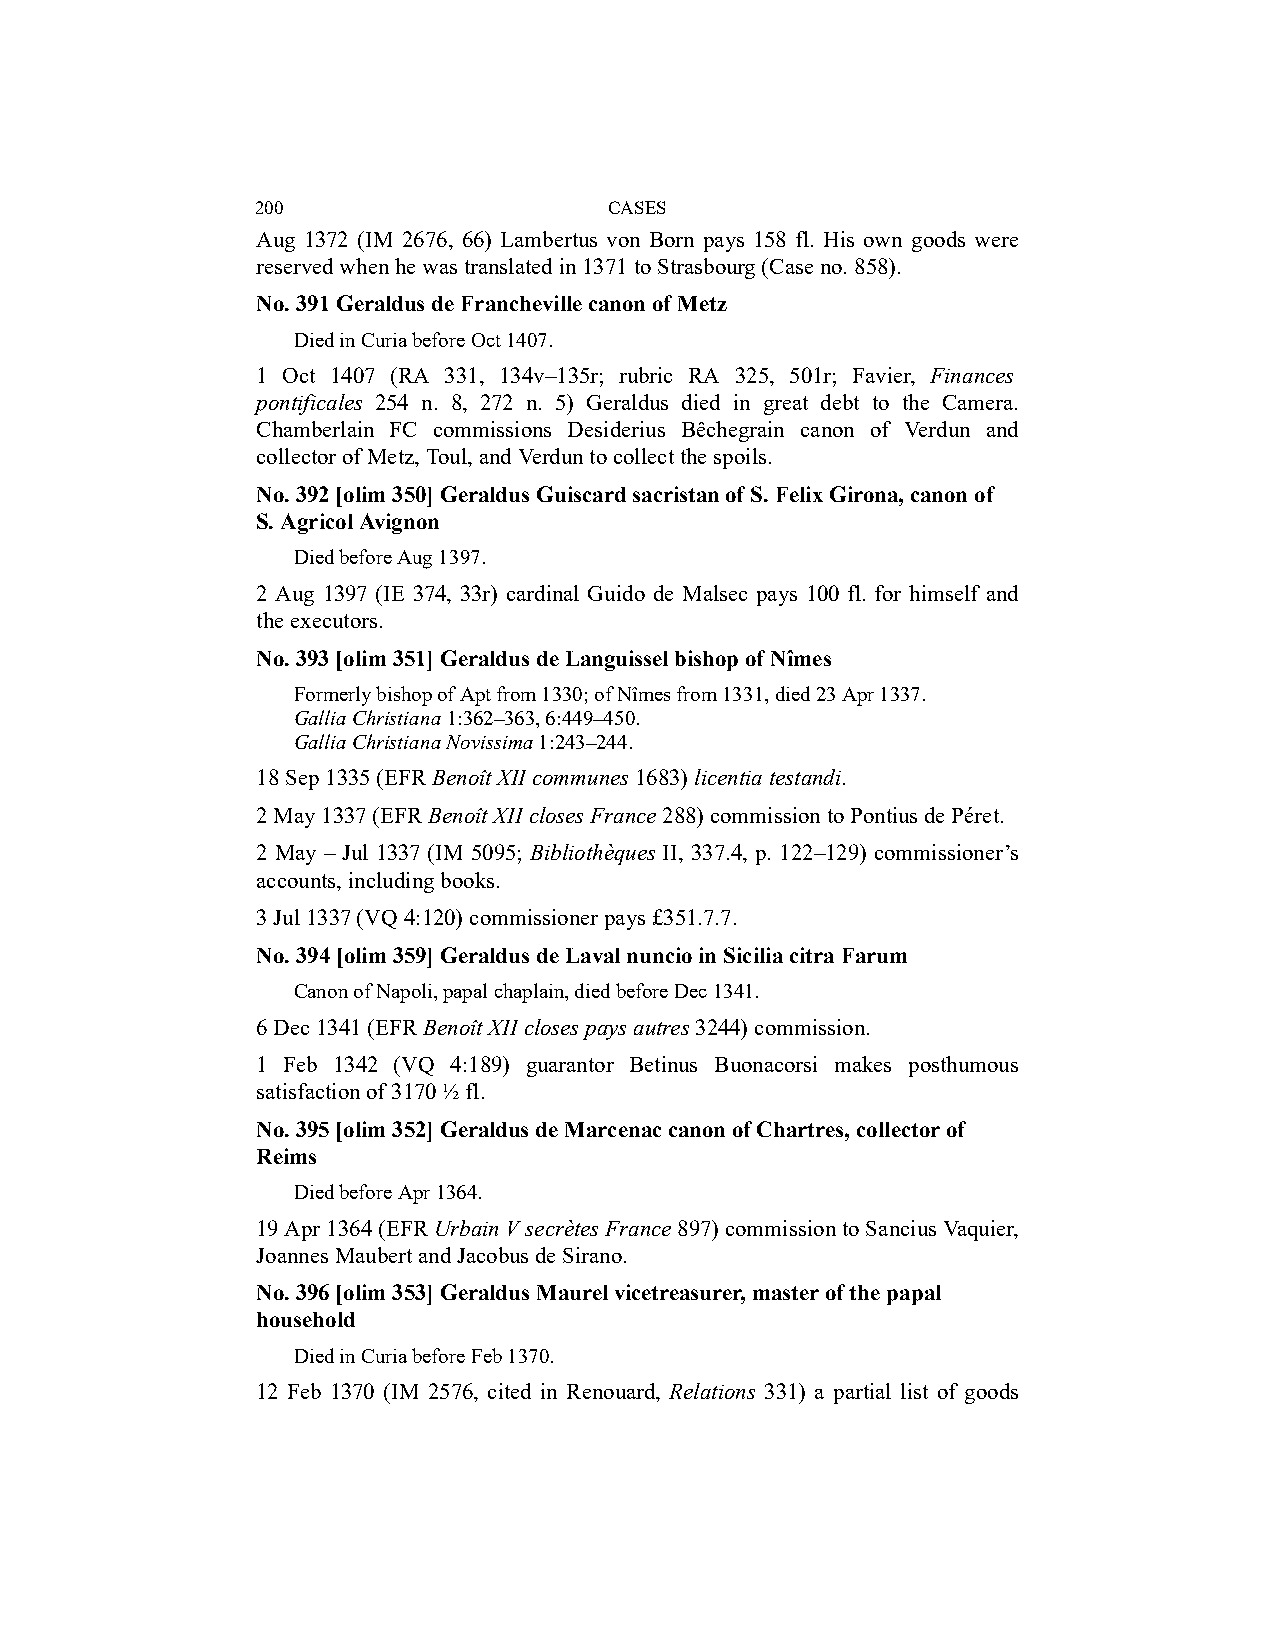
200                    CASES
 Aug 1372 (IM 2676, 66) Lambertus von Born pays 158 fl. His own goods were
 reserved when he was translated in 1371 to Strasbourg (Case no. 858).
 No. 391 Geraldus de Francheville canon of Metz
 Died in Curia before Oct 1407.
 1 Oct 1407 (RA 331, 134v–135r; rubric RA 325, 501r; Favier, Finances
 pontificales 254 n. 8, 272 n. 5) Geraldus died in great debt to the Camera.
 Chamberlain FC commissions Desiderius Bêchegrain canon of Verdun and
 collector of Metz, Toul, and Verdun to collect the spoils.
 No. 392 [olim 350] Geraldus Guiscard sacristan of S. Felix Girona, canon of
 S. Agricol Avignon
 Died before Aug 1397.
 2 Aug 1397 (IE 374, 33r) cardinal Guido de Malsec pays 100 fl. for himself and
 the executors.
 No. 393 [olim 351] Geraldus de Languissel bishop of Nîmes
 Formerly bishop of Apt from 1330; of Nîmes from 1331, died 23 Apr 1337.
 Gallia Christiana 1:362–363, 6:449–450.
 Gallia Christiana Novissima 1:243–244.
 18 Sep 1335 (EFR Benoît XII communes 1683) licentia testandi.
 2 May 1337 (EFR Benoît XII closes France 288) commission to Pontius de Péret.
 2 May – Jul 1337 (IM 5095; Bibliothèques II, 337.4, p. 122–129) commissioner’s
 accounts, including books.
 3 Jul 1337 (VQ 4:120) commissioner pays £351.7.7.
 No. 394 [olim 359] Geraldus de Laval nuncio in Sicilia citra Farum
 Canon of Napoli, papal chaplain, died before Dec 1341.
 6 Dec 1341 (EFR Benoît XII closes pays autres 3244) commission.
 1 Feb 1342 (VQ 4:189) guarantor Betinus Buonacorsi makes posthumous
 satisfaction of 3170 ½ fl.
 No. 395 [olim 352] Geraldus de Marcenac canon of Chartres, collector of
 Reims
 Died before Apr 1364.
 19 Apr 1364 (EFR Urbain V secrètes France 897) commission to Sancius Vaquier,
 Joannes Maubert and Jacobus de Sirano.
 No. 396 [olim 353] Geraldus Maurel vicetreasurer, master of the papal
 household
 Died in Curia before Feb 1370.
 12 Feb 1370 (IM 2576, cited in Renouard, Relations 331) a partial list of goods